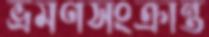
ভ্রমণসংক্রান্ত